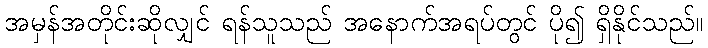
အမှန်အတိုင်းဆိုလျှင် ရန်သူသည် အနောက်အရပ်တွင် ပို၍ ရှိနိုင်သည်။